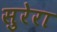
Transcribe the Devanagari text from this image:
सुरेरा